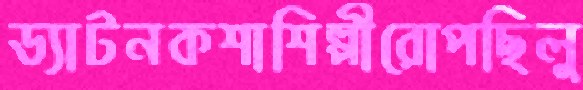
ড্যাটনকশাশিল্পীরোপছিলু